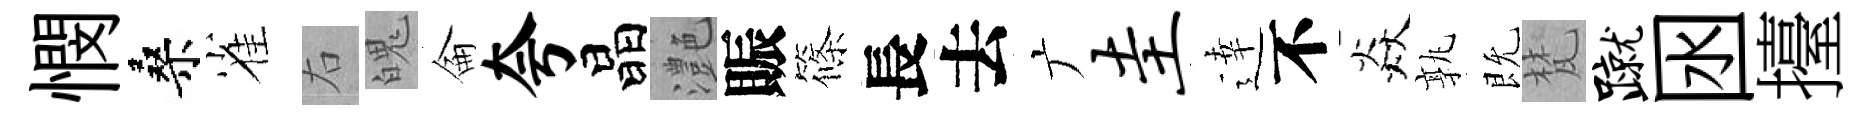
憫桑雀右魄侖夸晶灔賑篠長去广圭逹不焱孰既梵蹴囦擡